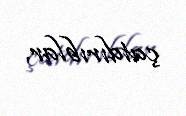
çatdırıblar.